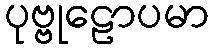
ပုဗ္ဗုဠောပမာ